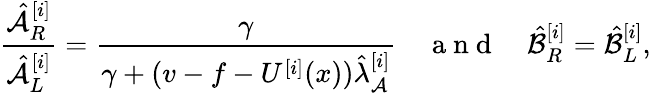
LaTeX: \frac{\hat{\mathcal{A}}_{R}^{[i]}}{\hat{\mathcal{A}}_{L}^{[i]}}=\frac{\gamma}{\gamma+(v-f-U^{[i]}(x))\hat{\lambda}_{\mathcal{A}}^{[i]}}\quad\mathrm{~a~n~d~}\quad\hat{\mathcal{B}}_{R}^{[i]}=\hat{\mathcal{B}}_{L}^{[i]},